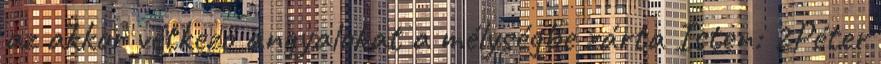
az akkor vétkező angyalokat a mélységbe zárta Isten: 2Péter